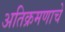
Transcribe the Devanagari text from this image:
अतिक्रमणाचे